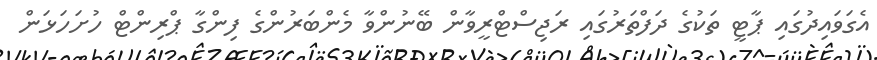
އެގަވައިދުގައި ޕާޓީ ތަކުގެ ދަފްތަރުގައި ރަޖިސްޓްރީވާން ބޭނުންވާ މެންބަރުންގެ ފިންގާ ޕްރިންޓް ހުށަހަޅަން